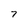
Character: 7